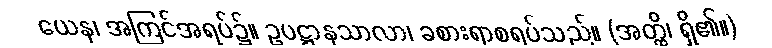
ယေန၊ အကြင်အရပ်၌။ ဥပဋ္ဌာနသာလာ၊ ခစားရာစရပ်သည်။ (အတ္ထိ၊ ရှိ၏။)